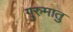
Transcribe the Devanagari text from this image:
गुरुमातु